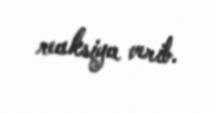
reaksiya verib.